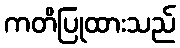
ကတိပြုထားသည်